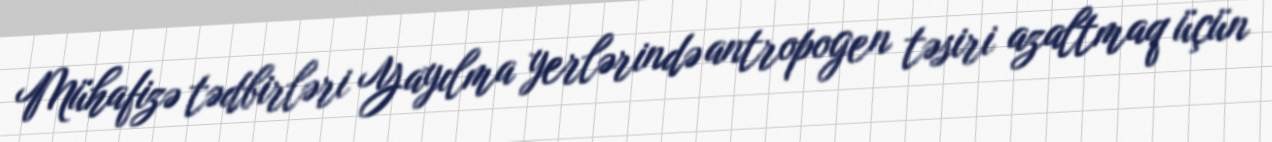
Mühafizə tədbirləri Yayılma yerlərində antropogen təsiri azaltmaq üçün